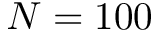
N = 1 0 0